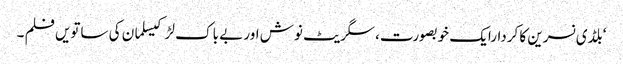
‘بلڈی نسرین کا کردارایک خوبصورت، سگریٹ نوش اور بے باک لڑکیسلمان کی ساتویں فلم ۔